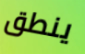
ينطق